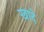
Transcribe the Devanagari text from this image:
खादे